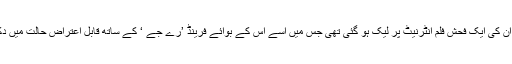
10سال قبل ان کی ایک فحش فلم انٹرنیٹ پر لیک ہو گئی تھی جس میں اسے اس کے بوائے فرینڈ ’رے جے ‘ کے ساتھ قابل اعتراض حالت میں دکھایا گیا تھا۔